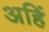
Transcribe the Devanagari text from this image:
अहिं